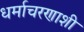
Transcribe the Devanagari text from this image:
धर्माचरणाशी